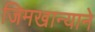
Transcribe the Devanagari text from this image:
जिमखान्याने